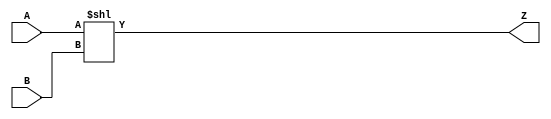
module shift (
  input [63:0] A,
  input [63:0] B,
  output [63:0] Z
);

assign Z = A << B;

endmodule